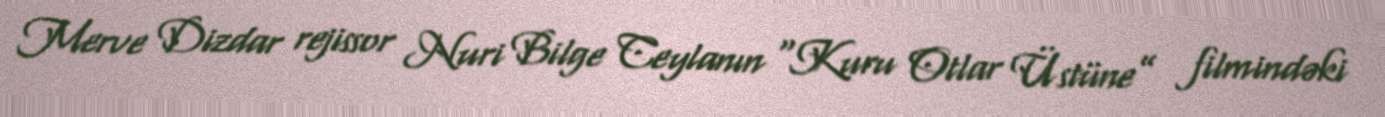
Merve Dizdar rejissor Nuri Bilge Ceylanın “Kuru Otlar Üstüne” filmindəki